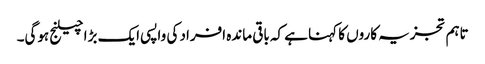
تاہم تجزیہ کاروں کا کہنا ہے کہ باقی ماندہ افراد کی واپسی ایک بڑا چیلنج ہوگی۔